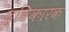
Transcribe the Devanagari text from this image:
द्विकारक